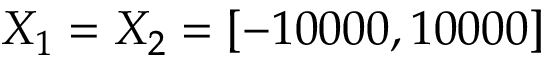
X _ { 1 } = X _ { 2 } = [ - 1 0 0 0 0 , 1 0 0 0 0 ]